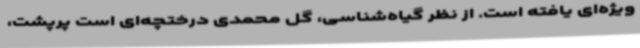
ویژه‌ای یافته ‌است. از نظر گیاه‌شناسی، گل محمدی درختچه‌ای است پرپشت،